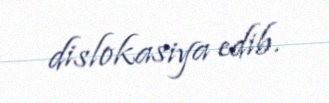
dislokasiya edib.